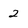
Character: 2